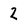
Character: 2